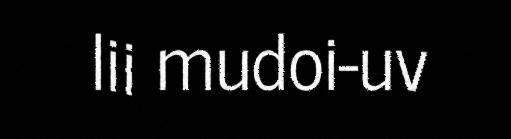
lii mudoi-uv